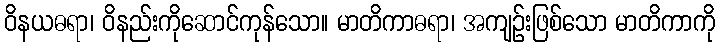
ဝိနယဓရာ၊ ဝိနည်းကိုဆောင်ကုန်သော။ မာတိကာဓရာ၊ အကျဉ်းဖြစ်သော မာတိကာကို